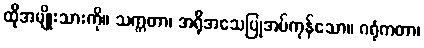
ထိုအမျိုးသားကို။ သက္ကတာ၊ အရိုအသေပြုအပ်ကုန်သော။ ဂရုံကတာ၊